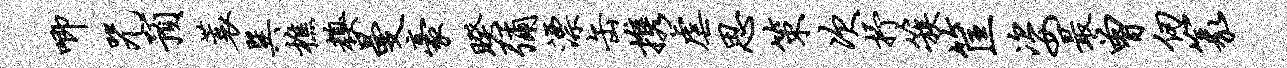
唧咒预蓑巽樵糗曼豪睽弥漂缶携虐思策次抒簇筐姿最曾仞篆